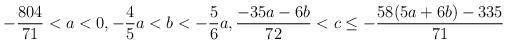
LaTeX: \begin{align*} -\frac{804}{71}<a<0, -\frac{4}{5}a<b<-\frac{5}{6}a, \frac{-35a-6b}{72}<c\leq -\frac{58(5a+6b)-335}{71}\end{align*}